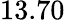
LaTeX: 13.70